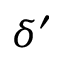
\delta ^ { \prime }